Note on the mental hospitals in Burma - 1925-1940
Year: 1925
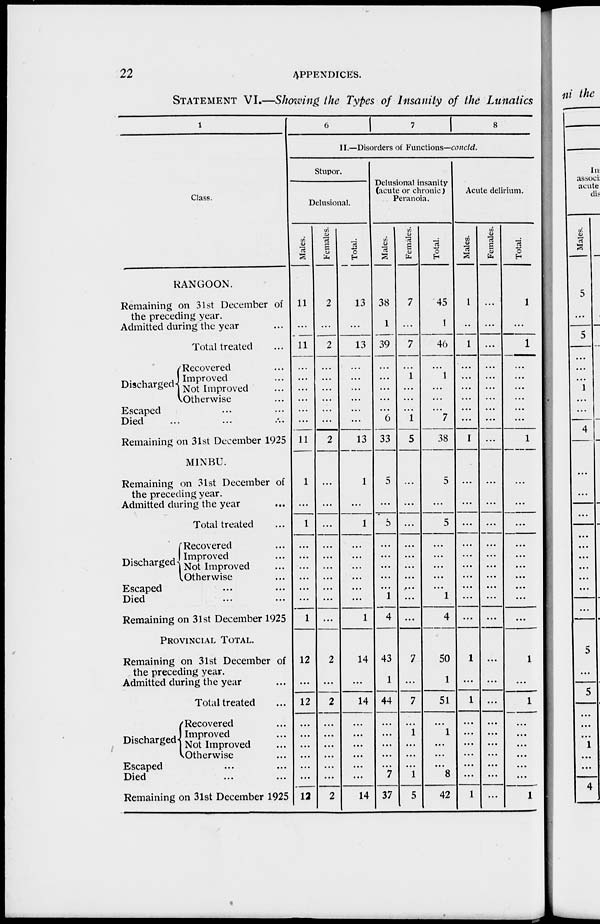
22
APPENDICES.
STATEMENT VI.—Showing the Types of Insanity of the Lunatics
1
Class.
RANGOON.
Remaining on 31st December of
the preceding year.
Admitted during the year ...
Total treated ...
Discharged
Recovered ...
Improved ...
Not Improved ...
Otherwise ...
Escaped ... ...
Died ... ... ...
Remaining on 31st December 1925
MINBU.
Remaining on 31st December of
the preceding year.
Admitted during the year ...
Total treated ...
Discharged
Recovered ...
Improved ...
Not Improved ...
Otherwise ...
Escaped ... ... ...
Died ... ... ...
Remaining on 31st December 1925
PROVINCIAL TOTAL.
Remaining on 31st December of
the preceding year.
Admitted during the year ...
Total treated ...
Discharged...
Recovered ...
Improved ...
Not Improved ...
Otherwise ...
Escaped ... ...
Died ... ...
Remaining on 31st December 1925
6 7
8
II.—Disorders of Functions—concld.
Stupor.
Delusional.
Males.
11
...
11
...
...
...
...
...
...
11
1
...
1
...
...
...
...
...
...
1
12
...
12
...
...
...
...
...
...
12
Females.
2
...
2
...
...
...
...
...
...
2
...
...
...
...
...
...
...
...
...
...
2
...
2
...
...
...
...
...
...
2
Total.
13
...
13
...
...
...
...
...
...
13
1
...
1
...
...
...
...
...
...
1
14
...
14
...
...
...
...
...
...
14
Delusional insanity
(acute or chronic )
Peranoia.
Males.
38
1
39
...
...
...
...
...
6
33
5
...
5
...
...
...
...
...
1
4
43
1
44
...
...
...
...
...
7
37
Females.
7
...
7
...
1
...
...
...
1
5
...
...
...
...
...
...
...
...
...
...
7
...
7
...
1
...
...
...
1
5
Total.
45
1
46
...
1
...
...
...
7
38
5
...
5
...
...
...
...
...
1
4
50
1
51
...
1
...
...
...
8
42
Acute delirium.
Males.
1
...
1
...
...
...
...
...
...
1
...
...
...
...
...
...
...
...
...
...
1
...
1
...
...
...
...
...
...
1
Females.
...
...
...
...
...
...
...
...
...
...
...
...
...
...
...
...
...
...
...
...
...
...
...
...
...
...
...
...
...
...
Total.
1
...
1
...
...
...
...
...
...
1
...
...
...
...
...
...
...
...
...
...
1
...
1
...
...
...
...
...
...
1